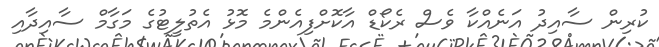
ކުރިން ސާއިދު އަނެއްކާ ވެސް ރެކޯޑް އާކޮށްފިއެންމެ މޮޅު އެތުލީޓުގެ މަގާމް ސާއިދާއި